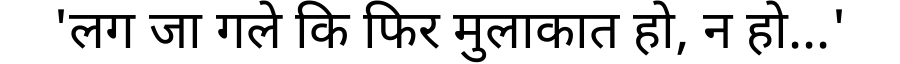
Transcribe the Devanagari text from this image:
'लग जा गले कि फिर मुलाकात हो, न हो...'